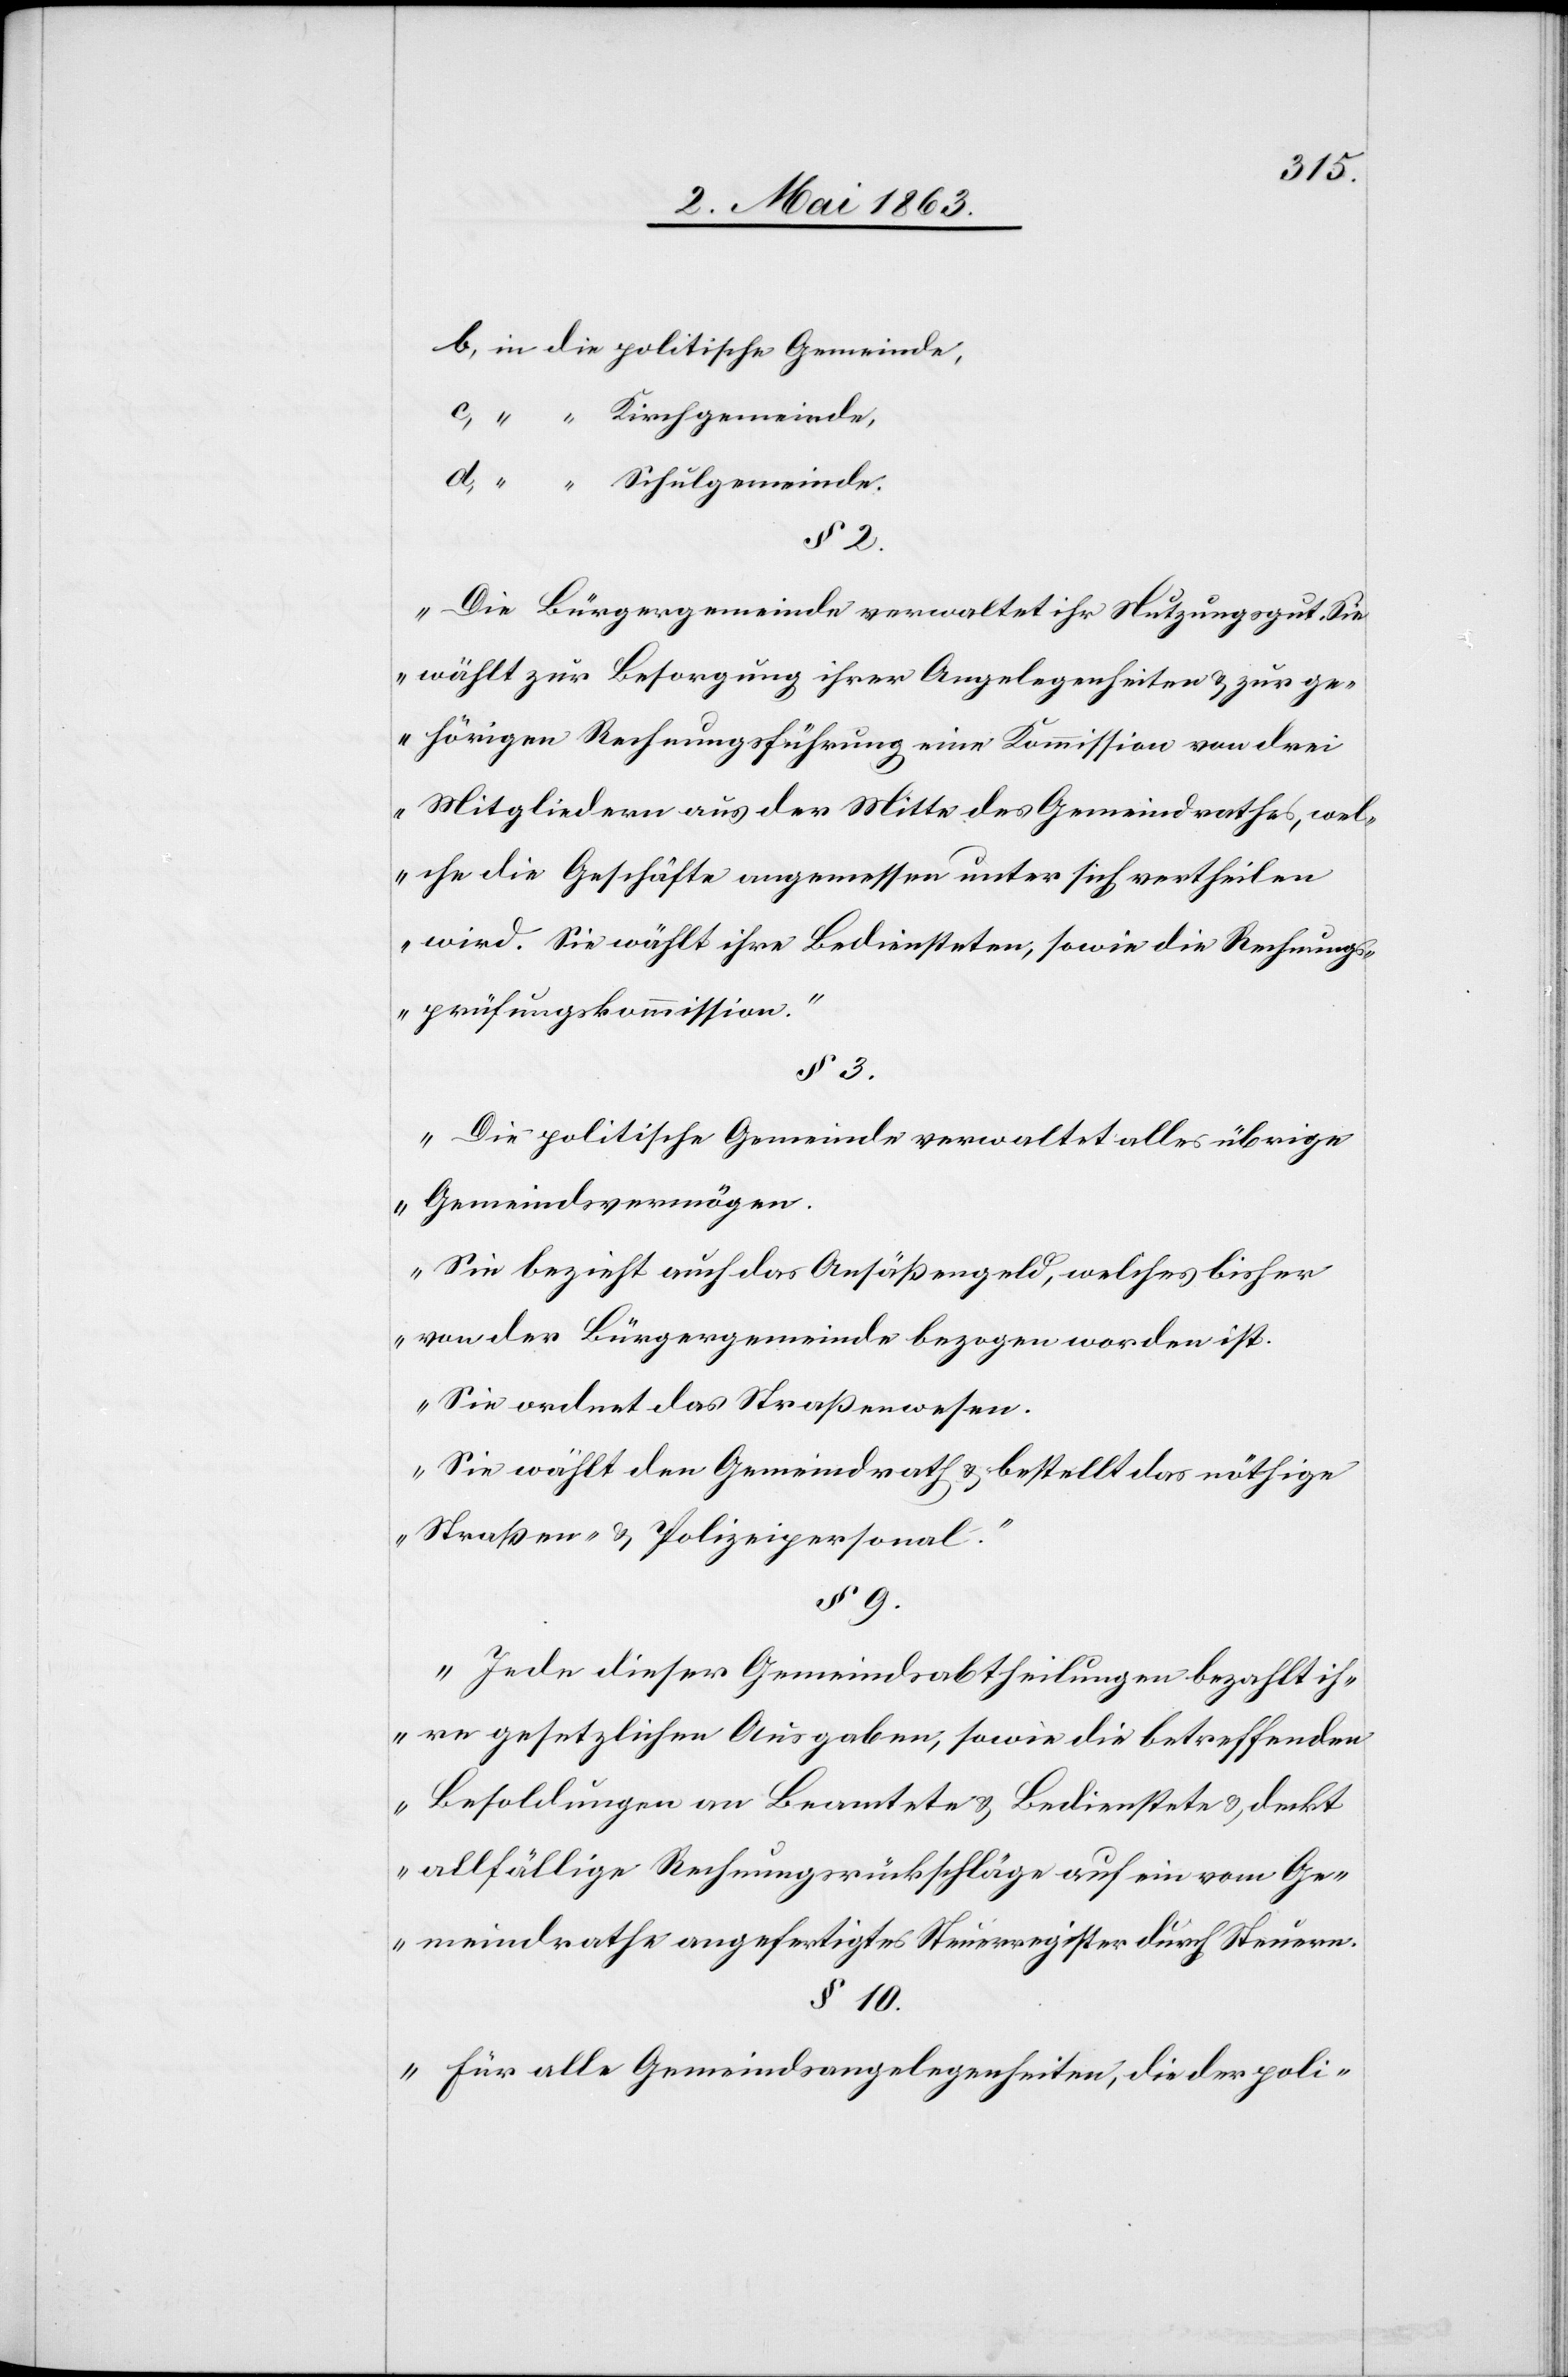
3.

b) in die politische Gemeinde,
„Die Bürgergemeinde verwaltet ihr Nutzungsgut. Sie
wählt zur Besorgung ihrer Angelegenheiten & zur ge¬
hörigen Rechnungsführung eine Kommission von drei
Mitgliedern aus der Mitte des Gemeindrathes, wel¬
che die Geschäfte angemessen unter sich vertheilen
wird. Sie wählt ihre Bediensteten, sowie die Rechnungs¬
prüfungskommission.“
„Die politische Gemeinde verwaltet alles übrige
Gemeindsvermögen.
Sie bezieht auch das Ansäßengeld, welches bisher
von der Bürgergemeinde bezogen worden ist.
Sie ordnet das Straßenwesen.
Sie wählt den Gemeindrath & bestellt das nöthige
Straßen- & Polizeipersonal.“
§ 9.
„Jede dieser Gemeindsabtheilungen bezahlt ih¬
re gesetzlichen Ausgaben, sowie die betreffenden
Besoldungen an Beamtete & Bedienstete & deckt
allfällige Rechnungsrückschläge auf ein vom Ge¬
meindrathe angefertigtes Steuerregister durch Steuern.“
§ 10.
„Für alle Gemeindsangelegenheiten, die der poli-